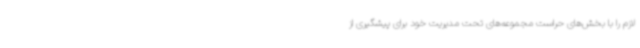
لازم را با بخش‌های حراست مجموعه‌های تحت مدیریت خود برای پیشگیری از